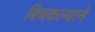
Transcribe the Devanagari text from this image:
बिचकल्याने